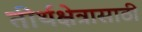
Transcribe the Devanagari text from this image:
तीर्थक्षेत्रासाठी